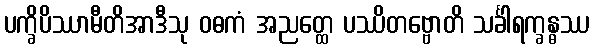
ပက္ခိပိဿာမီတိအာဒီသု ဝဓကံ အညတ္ထေ ပဿိတဗ္ဗောတိ သင်္ခါရက္ခန္ဓဿ